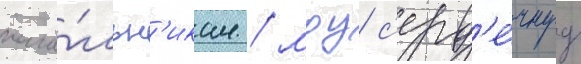
нача́льн'икам / моу с'ерд'е́чнуу